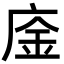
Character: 𢉅